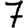
Digit: 7